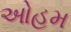
ઓહમ